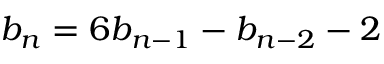
b _ { n } = 6 b _ { n - 1 } - b _ { n - 2 } - 2